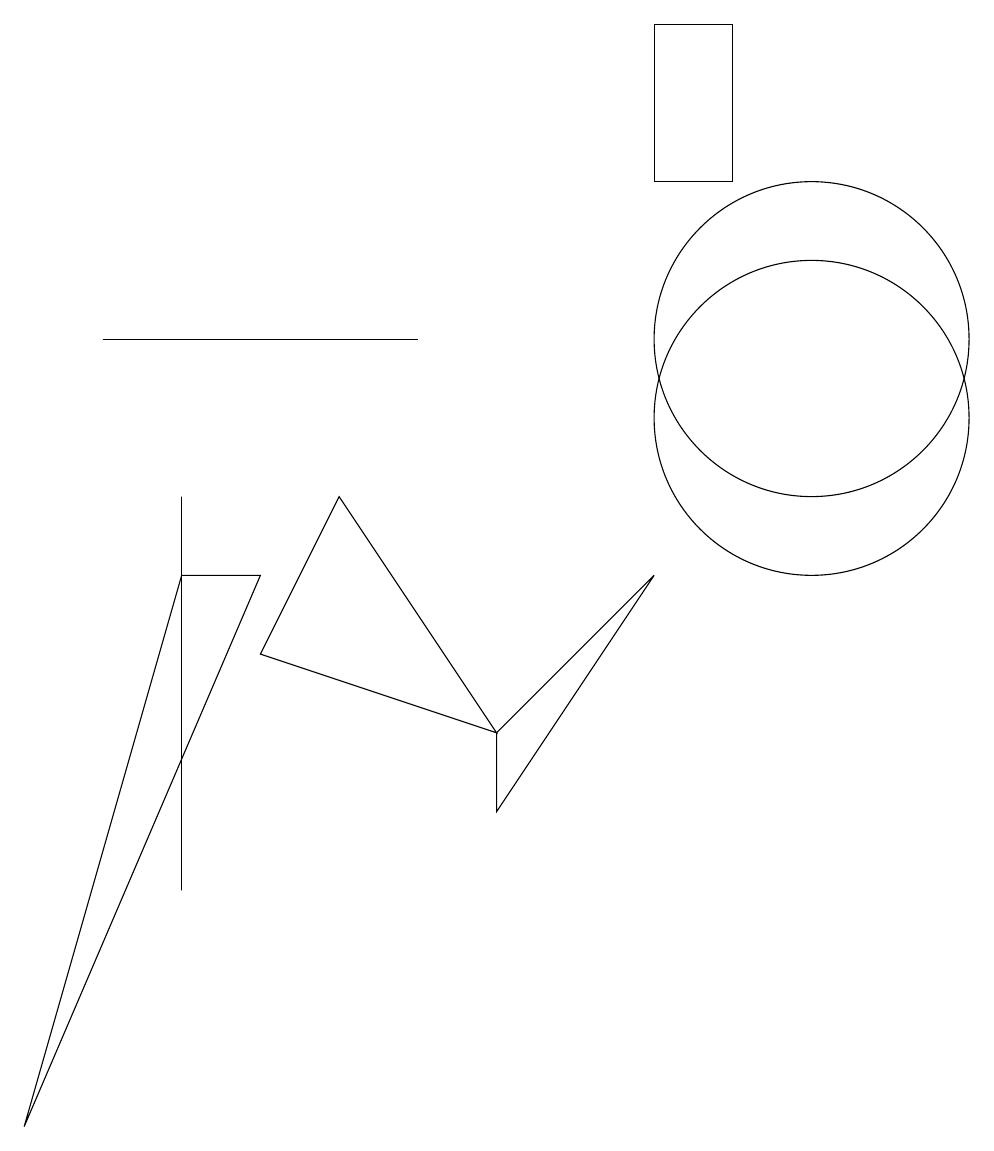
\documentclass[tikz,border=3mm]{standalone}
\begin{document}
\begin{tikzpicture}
\draw (2,4) -- (2,4) -- (2,9) -- cycle;
\draw (9,15) rectangle (8,13);
\draw (3,8) -- (0,1) -- (2,8) -- cycle;
\draw (10,10) circle (2);
\draw (10,11) circle (2);
\draw (8,8) -- (6,5) -- (6,6) -- cycle;
\draw (3,7) -- (6,6) -- (4,9) -- cycle;
\draw (1,11) rectangle (5,11);
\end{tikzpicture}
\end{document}